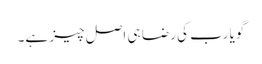
گویا رب کی رضا ہی اصل چیز ہے۔